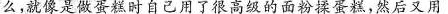
么，就像是做蛋糕是自己用了很高级的面粉揉蛋糕，然后又用